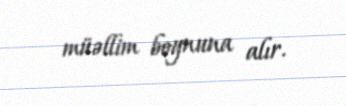
müəllim boynuna alır.